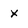
Character: x